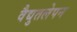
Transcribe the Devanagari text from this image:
वैद्युतलेपन